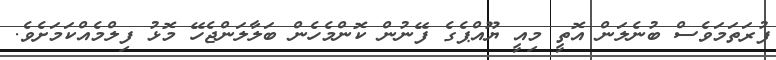
ފުރަތަމަވެސް ބުނެލަން އޮތީ މިއީ ޔޫއްޕެގެ ފޭނުން ކޮންމެހެން ބަލާލަންޖެހޭ މޮޅު ފިލްމެއްކަމަށެވެ.